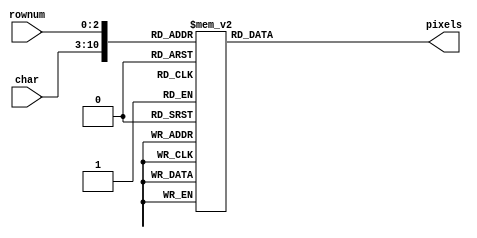
//////////////////////////////////////////////////////////////////////////////////
// Company: 
// Engineer: 
// 
// Character generator holding 8x8 character images.
// Input char is a 4-bit character number representing:
// 0, 1, 2, 3, 4, 5, 6, 7, 8, 9, B, F, i, z, <blank>
// Input rownum is the desired row of the pixel image
// Output pixels is the 8 pixel row, pixels[7] is leftmost.
// Original font from https://github.com/dhepper/font8x8/blob/master/font8x8_basic.h
module chars(
    input [7:0] char,
    input [2:0] rownum,
    output reg [7:0] pixels
    );

always @(*)
  case ({char, rownum})

    11'b00110000000: pixels = 8'b01111100; //  XXXXX  
    11'b00110000001: pixels = 8'b11000110; // XX   XX 
    11'b00110000010: pixels = 8'b11001110; // XX  XXX 
    11'b00110000011: pixels = 8'b11011110; // XX XXXX 
    11'b00110000100: pixels = 8'b11110110; // XXXX XX 
    11'b00110000101: pixels = 8'b11100110; // XXX  XX 
    11'b00110000110: pixels = 8'b01111100; //  XXXXX  
    11'b00110000111: pixels = 8'b00000000; //         

    11'b00110001000: pixels = 8'b00110000; //   XX    
    11'b00110001001: pixels = 8'b01110000; //  XXX    
    11'b00110001010: pixels = 8'b00110000; //   XX    
    11'b00110001011: pixels = 8'b00110000; //   XX    
    11'b00110001100: pixels = 8'b00110000; //   XX    
    11'b00110001101: pixels = 8'b00110000; //   XX    
    11'b00110001110: pixels = 8'b11111100; // XXXXXX  
    11'b00110001111: pixels = 8'b00000000; //         

    11'b00110010000: pixels = 8'b01111000; //  XXXX   
    11'b00110010001: pixels = 8'b11001100; // XX  XX  
    11'b00110010010: pixels = 8'b00001100; //     XX  
    11'b00110010011: pixels = 8'b00111000; //   XXX   
    11'b00110010100: pixels = 8'b01100000; //  XX     
    11'b00110010101: pixels = 8'b11001100; // XX  XX  
    11'b00110010110: pixels = 8'b11111100; // XXXXXX  
    11'b00110010111: pixels = 8'b00000000; //         

    11'b00110011000: pixels = 8'b01111000; //  XXXX   
    11'b00110011001: pixels = 8'b11001100; // XX  XX  
    11'b00110011010: pixels = 8'b00001100; //     XX  
    11'b00110011011: pixels = 8'b00111000; //   XXX   
    11'b00110011100: pixels = 8'b00001100; //     XX  
    11'b00110011101: pixels = 8'b11001100; // XX  XX  
    11'b00110011110: pixels = 8'b01111000; //  XXXX   
    11'b00110011111: pixels = 8'b00000000; //         

    11'b00110100000: pixels = 8'b00011100; //    XXX  
    11'b00110100001: pixels = 8'b00111100; //   XXXX  
    11'b00110100010: pixels = 8'b01101100; //  XX XX  
    11'b00110100011: pixels = 8'b11001100; // XX  XX  
    11'b00110100100: pixels = 8'b11111110; // XXXXXXX 
    11'b00110100101: pixels = 8'b00001100; //     XX  
    11'b00110100110: pixels = 8'b00011110; //    XXXX 
    11'b00110100111: pixels = 8'b00000000; //         

    11'b00110101000: pixels = 8'b11111100; // XXXXXX  
    11'b00110101001: pixels = 8'b11000000; // XX      
    11'b00110101010: pixels = 8'b11111000; // XXXXX   
    11'b00110101011: pixels = 8'b00001100; //     XX  
    11'b00110101100: pixels = 8'b00001100; //     XX  
    11'b00110101101: pixels = 8'b11001100; // XX  XX  
    11'b00110101110: pixels = 8'b01111000; //  XXXX   
    11'b00110101111: pixels = 8'b00000000; //         

    11'b00110110000: pixels = 8'b00111000; //   XXX   
    11'b00110110001: pixels = 8'b01100000; //  XX     
    11'b00110110010: pixels = 8'b11000000; // XX      
    11'b00110110011: pixels = 8'b11111000; // XXXXX   
    11'b00110110100: pixels = 8'b11001100; // XX  XX  
    11'b00110110101: pixels = 8'b11001100; // XX  XX  
    11'b00110110110: pixels = 8'b01111000; //  XXXX   
    11'b00110110111: pixels = 8'b00000000; //         

    11'b00110111000: pixels = 8'b11111100; // XXXXXX  
    11'b00110111001: pixels = 8'b11001100; // XX  XX  
    11'b00110111010: pixels = 8'b00001100; //     XX  
    11'b00110111011: pixels = 8'b00011000; //    XX   
    11'b00110111100: pixels = 8'b00110000; //   XX    
    11'b00110111101: pixels = 8'b00110000; //   XX    
    11'b00110111110: pixels = 8'b00110000; //   XX    
    11'b00110111111: pixels = 8'b00000000; //         

    11'b00111000000: pixels = 8'b01111000; //  XXXX   
    11'b00111000001: pixels = 8'b11001100; // XX  XX  
    11'b00111000010: pixels = 8'b11001100; // XX  XX  
    11'b00111000011: pixels = 8'b01111000; //  XXXX   
    11'b00111000100: pixels = 8'b11001100; // XX  XX  
    11'b00111000101: pixels = 8'b11001100; // XX  XX  
    11'b00111000110: pixels = 8'b01111000; //  XXXX   
    11'b00111000111: pixels = 8'b00000000; //         

    11'b00111001000: pixels = 8'b01111000; //  XXXX   
    11'b00111001001: pixels = 8'b11001100; // XX  XX  
    11'b00111001010: pixels = 8'b11001100; // XX  XX  
    11'b00111001011: pixels = 8'b01111100; //  XXXXX  
    11'b00111001100: pixels = 8'b00001100; //     XX  
    11'b00111001101: pixels = 8'b00011000; //    XX   
    11'b00111001110: pixels = 8'b01110000; //  XXX    
    11'b00111001111: pixels = 8'b00000000; //         

    11'b01000001000: pixels = 8'b00110000; //   XX    
    11'b01000001001: pixels = 8'b01111000; //  XXXX   
    11'b01000001010: pixels = 8'b11001100; // XX  XX  
    11'b01000001011: pixels = 8'b11001100; // XX  XX  
    11'b01000001100: pixels = 8'b11111100; // XXXXXX  
    11'b01000001101: pixels = 8'b11001100; // XX  XX  
    11'b01000001110: pixels = 8'b11001100; // XX  XX  
    11'b01000001111: pixels = 8'b00000000; //         

    11'b01010011000: pixels = 8'b01111000; //  XXXX   
    11'b01010011001: pixels = 8'b11001100; // XX  XX  
    11'b01010011010: pixels = 8'b11100000; // XXX     
    11'b01010011011: pixels = 8'b01110000; //  XXX    
    11'b01010011100: pixels = 8'b00011100; //    XXX  
    11'b01010011101: pixels = 8'b11001100; // XX  XX  
    11'b01010011110: pixels = 8'b01111000; //  XXXX   
    11'b01010011111: pixels = 8'b00000000; //         

    11'b01000100000: pixels = 8'b11111000; // XXXXX   
    11'b01000100001: pixels = 8'b01101100; //  XX XX  
    11'b01000100010: pixels = 8'b01100110; //  XX  XX 
    11'b01000100011: pixels = 8'b01100110; //  XX  XX 
    11'b01000100100: pixels = 8'b01100110; //  XX  XX 
    11'b01000100101: pixels = 8'b01101100; //  XX XX  
    11'b01000100110: pixels = 8'b11111000; // XXXXX   
    11'b01000100111: pixels = 8'b00000000; //         

    11'b01000110000: pixels = 8'b11111110; // XXXXXXX 
    11'b01000110001: pixels = 8'b01100010; //  XX   X 
    11'b01000110010: pixels = 8'b01101000; //  XX X   
    11'b01000110011: pixels = 8'b01111000; //  XXXX   
    11'b01000110100: pixels = 8'b01101000; //  XX X   
    11'b01000110101: pixels = 8'b01100000; //  XX     
    11'b01000110110: pixels = 8'b11110000; // XXXX    
    11'b01000110111: pixels = 8'b00000000; //         

    11'b01000111000: pixels = 8'b00111100; //   XXXX  
    11'b01000111001: pixels = 8'b01100110; //  XX  XX 
    11'b01000111010: pixels = 8'b11000000; // XX      
    11'b01000111011: pixels = 8'b11000000; // XX      
    11'b01000111100: pixels = 8'b11001110; // XX  XXX 
    11'b01000111101: pixels = 8'b01100110; //  XX  XX 
    11'b01000111110: pixels = 8'b00111110; //   XXXXX 
    11'b01000111111: pixels = 8'b00000000; //         

    11'b01001000000: pixels = 8'b11001100; // XX  XX  
    11'b01001000001: pixels = 8'b11001100; // XX  XX  
    11'b01001000010: pixels = 8'b11001100; // XX  XX  
    11'b01001000011: pixels = 8'b11111100; // XXXXXX  
    11'b01001000100: pixels = 8'b11001100; // XX  XX  
    11'b01001000101: pixels = 8'b11001100; // XX  XX  
    11'b01001000110: pixels = 8'b11001100; // XX  XX  
    11'b01001000111: pixels = 8'b00000000; //         

    11'b01001010000: pixels = 8'b00011110; //    XXXX 
    11'b01001010001: pixels = 8'b00001100; //     XX  
    11'b01001010010: pixels = 8'b00001100; //     XX  
    11'b01001010011: pixels = 8'b00001100; //     XX  
    11'b01001010100: pixels = 8'b11001100; // XX  XX  
    11'b01001010101: pixels = 8'b11001100; // XX  XX  
    11'b01001010110: pixels = 8'b01111000; //  XXXX   
    11'b01001010111: pixels = 8'b00000000; //         

    11'b01001011000: pixels = 8'b11100110; // XXX  XX 
    11'b01001011001: pixels = 8'b01100110; //  XX  XX 
    11'b01001011010: pixels = 8'b01101100; //  XX XX  
    11'b01001011011: pixels = 8'b01111000; //  XXXX   
    11'b01001011100: pixels = 8'b01101100; //  XX XX  
    11'b01001011101: pixels = 8'b01100110; //  XX  XX 
    11'b01001011110: pixels = 8'b11100110; // XXX  XX 
    11'b01001011111: pixels = 8'b00000000; //         

    11'b01001100000: pixels = 8'b11110000; // XXXX    
    11'b01001100001: pixels = 8'b01100000; //  XX     
    11'b01001100010: pixels = 8'b01100000; //  XX     
    11'b01001100011: pixels = 8'b01100000; //  XX     
    11'b01001100100: pixels = 8'b01100010; //  XX   X 
    11'b01001100101: pixels = 8'b01100110; //  XX  XX 
    11'b01001100110: pixels = 8'b11111110; // XXXXXXX 
    11'b01001100111: pixels = 8'b00000000; //         

    11'b01010001000: pixels = 8'b01111000; //  XXXX   
    11'b01010001001: pixels = 8'b11001100; // XX  XX  
    11'b01010001010: pixels = 8'b11001100; // XX  XX  
    11'b01010001011: pixels = 8'b11001100; // XX  XX  
    11'b01010001100: pixels = 8'b11011100; // XX XXX  
    11'b01010001101: pixels = 8'b01111000; //  XXXX   
    11'b01010001110: pixels = 8'b00011100; //    XXX  
    11'b01010001111: pixels = 8'b00000000; //         

    11'b01010111000: pixels = 8'b11000110; // XX   XX 
    11'b01010111001: pixels = 8'b11000110; // XX   XX 
    11'b01010111010: pixels = 8'b11000110; // XX   XX 
    11'b01010111011: pixels = 8'b11010110; // XX X XX 
    11'b01010111100: pixels = 8'b11111110; // XXXXXXX 
    11'b01010111101: pixels = 8'b11101110; // XXX XXX 
    11'b01010111110: pixels = 8'b11000110; // XX   XX 
    11'b01010111111: pixels = 8'b00000000; //         

    11'b01000101000: pixels = 8'b11111110; // XXXXXXX 
    11'b01000101001: pixels = 8'b01100010; //  XX   X 
    11'b01000101010: pixels = 8'b01101000; //  XX X   
    11'b01000101011: pixels = 8'b01111000; //  XXXX   
    11'b01000101100: pixels = 8'b01101000; //  XX X   
    11'b01000101101: pixels = 8'b01100010; //  XX   X 
    11'b01000101110: pixels = 8'b11111110; // XXXXXXX 
    11'b01000101111: pixels = 8'b00000000; //         

    11'b01010010000: pixels = 8'b11111100; // XXXXXX  
    11'b01010010001: pixels = 8'b01100110; //  XX  XX 
    11'b01010010010: pixels = 8'b01100110; //  XX  XX 
    11'b01010010011: pixels = 8'b01111100; //  XXXXX  
    11'b01010010100: pixels = 8'b01101100; //  XX XX  
    11'b01010010101: pixels = 8'b01100110; //  XX  XX 
    11'b01010010110: pixels = 8'b11100110; // XXX  XX 
    11'b01010010111: pixels = 8'b00000000; //         

    11'b01010100000: pixels = 8'b11111100; // XXXXXX  
    11'b01010100001: pixels = 8'b10110100; // X XX X  
    11'b01010100010: pixels = 8'b00110000; //   XX    
    11'b01010100011: pixels = 8'b00110000; //   XX    
    11'b01010100100: pixels = 8'b00110000; //   XX    
    11'b01010100101: pixels = 8'b00110000; //   XX    
    11'b01010100110: pixels = 8'b01111000; //  XXXX   
    11'b01010100111: pixels = 8'b00000000; //         

    11'b01011010000: pixels = 8'b11111110; // XXXXXXX 
    11'b01011010001: pixels = 8'b11000110; // XX   XX 
    11'b01011010010: pixels = 8'b10001100; // X   XX  
    11'b01011010011: pixels = 8'b00011000; //    XX   
    11'b01011010100: pixels = 8'b00110010; //   XX  X 
    11'b01011010101: pixels = 8'b01100110; //  XX  XX 
    11'b01011010110: pixels = 8'b11111110; // XXXXXXX 
    11'b01011010111: pixels = 8'b00000000; //         

    11'b01010101000: pixels = 8'b11001100; // XX  XX  
    11'b01010101001: pixels = 8'b11001100; // XX  XX  
    11'b01010101010: pixels = 8'b11001100; // XX  XX  
    11'b01010101011: pixels = 8'b11001100; // XX  XX  
    11'b01010101100: pixels = 8'b11001100; // XX  XX  
    11'b01010101101: pixels = 8'b11001100; // XX  XX  
    11'b01010101110: pixels = 8'b11111100; // XXXXXX  
    11'b01010101111: pixels = 8'b00000000; //         

    11'b01001001000: pixels = 8'b01111000; //  XXXX   
    11'b01001001001: pixels = 8'b00110000; //   XX    
    11'b01001001010: pixels = 8'b00110000; //   XX    
    11'b01001001011: pixels = 8'b00110000; //   XX    
    11'b01001001100: pixels = 8'b00110000; //   XX    
    11'b01001001101: pixels = 8'b00110000; //   XX    
    11'b01001001110: pixels = 8'b01111000; //  XXXX   
    11'b01001001111: pixels = 8'b00000000; //         

    11'b01001111000: pixels = 8'b00111000; //   XXX   
    11'b01001111001: pixels = 8'b01101100; //  XX XX  
    11'b01001111010: pixels = 8'b11000110; // XX   XX 
    11'b01001111011: pixels = 8'b11000110; // XX   XX 
    11'b01001111100: pixels = 8'b11000110; // XX   XX 
    11'b01001111101: pixels = 8'b01101100; //  XX XX  
    11'b01001111110: pixels = 8'b00111000; //   XXX   
    11'b01001111111: pixels = 8'b00000000; //         

    11'b01010000000: pixels = 8'b11111100; // XXXXXX  
    11'b01010000001: pixels = 8'b01100110; //  XX  XX 
    11'b01010000010: pixels = 8'b01100110; //  XX  XX 
    11'b01010000011: pixels = 8'b01111100; //  XXXXX  
    11'b01010000100: pixels = 8'b01100000; //  XX     
    11'b01010000101: pixels = 8'b01100000; //  XX     
    11'b01010000110: pixels = 8'b11110000; // XXXX    
    11'b01010000111: pixels = 8'b00000000; //         

    11'b01011001000: pixels = 8'b11001100; // XX  XX  
    11'b01011001001: pixels = 8'b11001100; // XX  XX  
    11'b01011001010: pixels = 8'b11001100; // XX  XX  
    11'b01011001011: pixels = 8'b01111000; //  XXXX   
    11'b01011001100: pixels = 8'b00110000; //   XX    
    11'b01011001101: pixels = 8'b00110000; //   XX    
    11'b01011001110: pixels = 8'b01111000; //  XXXX   
    11'b01011001111: pixels = 8'b00000000; //         

    11'b01011000000: pixels = 8'b11000110; // XX   XX 
    11'b01011000001: pixels = 8'b11000110; // XX   XX 
    11'b01011000010: pixels = 8'b01101100; //  XX XX  
    11'b01011000011: pixels = 8'b00111000; //   XXX   
    11'b01011000100: pixels = 8'b00111000; //   XXX   
    11'b01011000101: pixels = 8'b01101100; //  XX XX  
    11'b01011000110: pixels = 8'b11000110; // XX   XX 
    11'b01011000111: pixels = 8'b00000000; //         

    11'b01000011000: pixels = 8'b00111100; //   XXXX  
    11'b01000011001: pixels = 8'b01100110; //  XX  XX 
    11'b01000011010: pixels = 8'b11000000; // XX      
    11'b01000011011: pixels = 8'b11000000; // XX      
    11'b01000011100: pixels = 8'b11000000; // XX      
    11'b01000011101: pixels = 8'b01100110; //  XX  XX 
    11'b01000011110: pixels = 8'b00111100; //   XXXX  
    11'b01000011111: pixels = 8'b00000000; //         

    11'b01010110000: pixels = 8'b11001100; // XX  XX  
    11'b01010110001: pixels = 8'b11001100; // XX  XX  
    11'b01010110010: pixels = 8'b11001100; // XX  XX  
    11'b01010110011: pixels = 8'b11001100; // XX  XX  
    11'b01010110100: pixels = 8'b11001100; // XX  XX  
    11'b01010110101: pixels = 8'b01111000; //  XXXX   
    11'b01010110110: pixels = 8'b00110000; //   XX    
    11'b01010110111: pixels = 8'b00000000; //         

    11'b01000010000: pixels = 8'b11111100; // XXXXXX  
    11'b01000010001: pixels = 8'b01100110; //  XX  XX 
    11'b01000010010: pixels = 8'b01100110; //  XX  XX 
    11'b01000010011: pixels = 8'b01111100; //  XXXXX  
    11'b01000010100: pixels = 8'b01100110; //  XX  XX 
    11'b01000010101: pixels = 8'b01100110; //  XX  XX 
    11'b01000010110: pixels = 8'b11111100; // XXXXXX  
    11'b01000010111: pixels = 8'b00000000; //         

    11'b01001110000: pixels = 8'b11000110; // XX   XX 
    11'b01001110001: pixels = 8'b11100110; // XXX  XX 
    11'b01001110010: pixels = 8'b11110110; // XXXX XX 
    11'b01001110011: pixels = 8'b11011110; // XX XXXX 
    11'b01001110100: pixels = 8'b11001110; // XX  XXX 
    11'b01001110101: pixels = 8'b11000110; // XX   XX 
    11'b01001110110: pixels = 8'b11000110; // XX   XX 
    11'b01001110111: pixels = 8'b00000000; //         

    11'b01001101000: pixels = 8'b11000110; // XX   XX 
    11'b01001101001: pixels = 8'b11101110; // XXX XXX 
    11'b01001101010: pixels = 8'b11111110; // XXXXXXX 
    11'b01001101011: pixels = 8'b11111110; // XXXXXXX 
    11'b01001101100: pixels = 8'b11010110; // XX X XX 
    11'b01001101101: pixels = 8'b11000110; // XX   XX 
    11'b01001101110: pixels = 8'b11000110; // XX   XX 
    11'b01001101111: pixels = 8'b00000000; //         

    11'b00101100000: pixels = 8'b00000000; //         
    11'b00101100001: pixels = 8'b00000000; //         
    11'b00101100010: pixels = 8'b00000000; //         
    11'b00101100011: pixels = 8'b00000000; //         
    11'b00101100100: pixels = 8'b00000000; //         
    11'b00101100101: pixels = 8'b00110000; //   XX    
    11'b00101100110: pixels = 8'b00110000; //   XX    
    11'b00101100111: pixels = 8'b01100000; //  XX     

    11'b00101110000: pixels = 8'b00000000; //         
    11'b00101110001: pixels = 8'b00000000; //         
    11'b00101110010: pixels = 8'b00000000; //         
    11'b00101110011: pixels = 8'b00000000; //         
    11'b00101110100: pixels = 8'b00000000; //         
    11'b00101110101: pixels = 8'b00110000; //   XX    
    11'b00101110110: pixels = 8'b00110000; //   XX    
    11'b00101110111: pixels = 8'b00000000; //         

    11'b00101101000: pixels = 8'b00000000; //         
    11'b00101101001: pixels = 8'b00000000; //         
    11'b00101101010: pixels = 8'b00000000; //         
    11'b00101101011: pixels = 8'b11111100; // XXXXXX  
    11'b00101101100: pixels = 8'b00000000; //         
    11'b00101101101: pixels = 8'b00000000; //         
    11'b00101101110: pixels = 8'b00000000; //         
    11'b00101101111: pixels = 8'b00000000; //         

    11'b00100111000: pixels = 8'b01100000; //  XX     
    11'b00100111001: pixels = 8'b01100000; //  XX     
    11'b00100111010: pixels = 8'b11000000; // XX      
    11'b00100111011: pixels = 8'b00000000; //         
    11'b00100111100: pixels = 8'b00000000; //         
    11'b00100111101: pixels = 8'b00000000; //         
    11'b00100111110: pixels = 8'b00000000; //         
    11'b00100111111: pixels = 8'b00000000; //         

    11'b00101011000: pixels = 8'b00000000; //         
    11'b00101011001: pixels = 8'b00110000; //   XX    
    11'b00101011010: pixels = 8'b00110000; //   XX    
    11'b00101011011: pixels = 8'b11111100; // XXXXXX  
    11'b00101011100: pixels = 8'b00110000; //   XX    
    11'b00101011101: pixels = 8'b00110000; //   XX    
    11'b00101011110: pixels = 8'b00000000; //         
    11'b00101011111: pixels = 8'b00000000; //         

    11'b00100000000: pixels = 8'b00000000; //         
    11'b00100000001: pixels = 8'b00000000; //         
    11'b00100000010: pixels = 8'b00000000; //         
    11'b00100000011: pixels = 8'b00000000; //         
    11'b00100000100: pixels = 8'b00000000; //         
    11'b00100000101: pixels = 8'b00000000; //         
    11'b00100000110: pixels = 8'b00000000; //         
    11'b00100000111: pixels = 8'b00000000; //         

    11'b00111100000: pixels = 8'b00011000; //    XX   
    11'b00111100001: pixels = 8'b00110000; //   XX    
    11'b00111100010: pixels = 8'b01100000; //  XX     
    11'b00111100011: pixels = 8'b11000000; // XX      
    11'b00111100100: pixels = 8'b01100000; //  XX     
    11'b00111100101: pixels = 8'b00110000; //   XX    
    11'b00111100110: pixels = 8'b00011000; //    XX   
    11'b00111100111: pixels = 8'b00000000; //         

    11'b00111110000: pixels = 8'b01100000; //  XX     
    11'b00111110001: pixels = 8'b00110000; //   XX    
    11'b00111110010: pixels = 8'b00011000; //    XX   
    11'b00111110011: pixels = 8'b00001100; //     XX  
    11'b00111110100: pixels = 8'b00011000; //    XX   
    11'b00111110101: pixels = 8'b00110000; //   XX    
    11'b00111110110: pixels = 8'b01100000; //  XX     
    11'b00111110111: pixels = 8'b00000000; //         

    11'b00111011000: pixels = 8'b00000000; //         
    11'b00111011001: pixels = 8'b00110000; //   XX    
    11'b00111011010: pixels = 8'b00110000; //   XX    
    11'b00111011011: pixels = 8'b00000000; //         
    11'b00111011100: pixels = 8'b00000000; //         
    11'b00111011101: pixels = 8'b00110000; //   XX    
    11'b00111011110: pixels = 8'b00110000; //   XX    
    11'b00111011111: pixels = 8'b01100000; //  XX     

    11'b00111010000: pixels = 8'b00000000; //         
    11'b00111010001: pixels = 8'b00110000; //   XX    
    11'b00111010010: pixels = 8'b00110000; //   XX    
    11'b00111010011: pixels = 8'b00000000; //         
    11'b00111010100: pixels = 8'b00000000; //         
    11'b00111010101: pixels = 8'b00110000; //   XX    
    11'b00111010110: pixels = 8'b00110000; //   XX    
    11'b00111010111: pixels = 8'b00000000; //         

    11'b01011111000: pixels = 8'b00000000; //         
    11'b01011111001: pixels = 8'b00000000; //         
    11'b01011111010: pixels = 8'b00000000; //         
    11'b01011111011: pixels = 8'b00000000; //         
    11'b01011111100: pixels = 8'b00000000; //         
    11'b01011111101: pixels = 8'b00000000; //         
    11'b01011111110: pixels = 8'b00000000; //         
    11'b01011111111: pixels = 8'b11111111; // XXXXXXXX

    11'b01111110000: pixels = 8'b01110110; //  XXX XX 
    11'b01111110001: pixels = 8'b11011100; // XX XXX  
    11'b01111110010: pixels = 8'b00000000; //         
    11'b01111110011: pixels = 8'b00000000; //         
    11'b01111110100: pixels = 8'b00000000; //         
    11'b01111110101: pixels = 8'b00000000; //         
    11'b01111110110: pixels = 8'b00000000; //         
    11'b01111110111: pixels = 8'b00000000; //         

    11'b00100001000: pixels = 8'b00011000; //    XX   
    11'b00100001001: pixels = 8'b00111100; //   XXXX  
    11'b00100001010: pixels = 8'b00111100; //   XXXX  
    11'b00100001011: pixels = 8'b00011000; //    XX   
    11'b00100001100: pixels = 8'b00011000; //    XX   
    11'b00100001101: pixels = 8'b00000000; //         
    11'b00100001110: pixels = 8'b00011000; //    XX   
    11'b00100001111: pixels = 8'b00000000; //         

    11'b00100010000: pixels = 8'b01101100; //  XX XX  
    11'b00100010001: pixels = 8'b01101100; //  XX XX  
    11'b00100010010: pixels = 8'b00000000; //         
    11'b00100010011: pixels = 8'b00000000; //         
    11'b00100010100: pixels = 8'b00000000; //         
    11'b00100010101: pixels = 8'b00000000; //         
    11'b00100010110: pixels = 8'b00000000; //         
    11'b00100010111: pixels = 8'b00000000; //         

    11'b00100011000: pixels = 8'b01101100; //  XX XX  
    11'b00100011001: pixels = 8'b01101100; //  XX XX  
    11'b00100011010: pixels = 8'b11111110; // XXXXXXX 
    11'b00100011011: pixels = 8'b01101100; //  XX XX  
    11'b00100011100: pixels = 8'b11111110; // XXXXXXX 
    11'b00100011101: pixels = 8'b01101100; //  XX XX  
    11'b00100011110: pixels = 8'b01101100; //  XX XX  
    11'b00100011111: pixels = 8'b00000000; //         

    11'b00100100000: pixels = 8'b00110000; //   XX    
    11'b00100100001: pixels = 8'b01111100; //  XXXXX  
    11'b00100100010: pixels = 8'b11000000; // XX      
    11'b00100100011: pixels = 8'b01111000; //  XXXX   
    11'b00100100100: pixels = 8'b00001100; //     XX  
    11'b00100100101: pixels = 8'b11111000; // XXXXX   
    11'b00100100110: pixels = 8'b00110000; //   XX    
    11'b00100100111: pixels = 8'b00000000; //         

    11'b00100101000: pixels = 8'b00000000; //         
    11'b00100101001: pixels = 8'b11000110; // XX   XX 
    11'b00100101010: pixels = 8'b11001100; // XX  XX  
    11'b00100101011: pixels = 8'b00011000; //    XX   
    11'b00100101100: pixels = 8'b00110000; //   XX    
    11'b00100101101: pixels = 8'b01100110; //  XX  XX 
    11'b00100101110: pixels = 8'b11000110; // XX   XX 
    11'b00100101111: pixels = 8'b00000000; //         

    11'b00100110000: pixels = 8'b00111000; //   XXX   
    11'b00100110001: pixels = 8'b01101100; //  XX XX  
    11'b00100110010: pixels = 8'b00111000; //   XXX   
    11'b00100110011: pixels = 8'b01110110; //  XXX XX 
    11'b00100110100: pixels = 8'b11011100; // XX XXX  
    11'b00100110101: pixels = 8'b11001100; // XX  XX  
    11'b00100110110: pixels = 8'b01110110; //  XXX XX 
    11'b00100110111: pixels = 8'b00000000; //         

    11'b00101111000: pixels = 8'b00000110; //      XX 
    11'b00101111001: pixels = 8'b00001100; //     XX  
    11'b00101111010: pixels = 8'b00011000; //    XX   
    11'b00101111011: pixels = 8'b00110000; //   XX    
    11'b00101111100: pixels = 8'b01100000; //  XX     
    11'b00101111101: pixels = 8'b11000000; // XX      
    11'b00101111110: pixels = 8'b10000000; // X       
    11'b00101111111: pixels = 8'b00000000; //         

    11'b00101000000: pixels = 8'b00011000; //    XX   
    11'b00101000001: pixels = 8'b00110000; //   XX    
    11'b00101000010: pixels = 8'b01100000; //  XX     
    11'b00101000011: pixels = 8'b01100000; //  XX     
    11'b00101000100: pixels = 8'b01100000; //  XX     
    11'b00101000101: pixels = 8'b00110000; //   XX    
    11'b00101000110: pixels = 8'b00011000; //    XX   
    11'b00101000111: pixels = 8'b00000000; //         

    11'b00101001000: pixels = 8'b01100000; //  XX     
    11'b00101001001: pixels = 8'b00110000; //   XX    
    11'b00101001010: pixels = 8'b00011000; //    XX   
    11'b00101001011: pixels = 8'b00011000; //    XX   
    11'b00101001100: pixels = 8'b00011000; //    XX   
    11'b00101001101: pixels = 8'b00110000; //   XX    
    11'b00101001110: pixels = 8'b01100000; //  XX     
    11'b00101001111: pixels = 8'b00000000; //         

    11'b00111101000: pixels = 8'b00000000; //         
    11'b00111101001: pixels = 8'b00000000; //         
    11'b00111101010: pixels = 8'b11111100; // XXXXXX  
    11'b00111101011: pixels = 8'b00000000; //         
    11'b00111101100: pixels = 8'b00000000; //         
    11'b00111101101: pixels = 8'b11111100; // XXXXXX  
    11'b00111101110: pixels = 8'b00000000; //         
    11'b00111101111: pixels = 8'b00000000; //         

    11'b00111111000: pixels = 8'b01111000; //  XXXX   
    11'b00111111001: pixels = 8'b11001100; // XX  XX  
    11'b00111111010: pixels = 8'b00001100; //     XX  
    11'b00111111011: pixels = 8'b00011000; //    XX   
    11'b00111111100: pixels = 8'b00110000; //   XX    
    11'b00111111101: pixels = 8'b00000000; //         
    11'b00111111110: pixels = 8'b00110000; //   XX    
    11'b00111111111: pixels = 8'b00000000; //         

    11'b00101010000: pixels = 8'b00000000; //         
    11'b00101010001: pixels = 8'b01100110; //  XX  XX 
    11'b00101010010: pixels = 8'b00111100; //   XXXX  
    11'b00101010011: pixels = 8'b11111111; // XXXXXXXX
    11'b00101010100: pixels = 8'b00111100; //   XXXX  
    11'b00101010101: pixels = 8'b01100110; //  XX  XX 
    11'b00101010110: pixels = 8'b00000000; //         
    11'b00101010111: pixels = 8'b00000000; //         

    11'b01110001000: pixels = 8'b00000000; //         
    11'b01110001001: pixels = 8'b00000000; //         
    11'b01110001010: pixels = 8'b01110110; //  XXX XX 
    11'b01110001011: pixels = 8'b11001100; // XX  XX  
    11'b01110001100: pixels = 8'b11001100; // XX  XX  
    11'b01110001101: pixels = 8'b01111100; //  XXXXX  
    11'b01110001110: pixels = 8'b00001100; //     XX  
    11'b01110001111: pixels = 8'b00011110; //    XXXX 

    11'b01110111000: pixels = 8'b00000000; //         
    11'b01110111001: pixels = 8'b00000000; //         
    11'b01110111010: pixels = 8'b11000110; // XX   XX 
    11'b01110111011: pixels = 8'b11010110; // XX X XX 
    11'b01110111100: pixels = 8'b11111110; // XXXXXXX 
    11'b01110111101: pixels = 8'b11111110; // XXXXXXX 
    11'b01110111110: pixels = 8'b01101100; //  XX XX  
    11'b01110111111: pixels = 8'b00000000; //         

    11'b01100101000: pixels = 8'b00000000; //         
    11'b01100101001: pixels = 8'b00000000; //         
    11'b01100101010: pixels = 8'b01111000; //  XXXX   
    11'b01100101011: pixels = 8'b11001100; // XX  XX  
    11'b01100101100: pixels = 8'b11111100; // XXXXXX  
    11'b01100101101: pixels = 8'b11000000; // XX      
    11'b01100101110: pixels = 8'b01111000; //  XXXX   
    11'b01100101111: pixels = 8'b00000000; //         

    11'b01110010000: pixels = 8'b00000000; //         
    11'b01110010001: pixels = 8'b00000000; //         
    11'b01110010010: pixels = 8'b11011100; // XX XXX  
    11'b01110010011: pixels = 8'b01110110; //  XXX XX 
    11'b01110010100: pixels = 8'b01100110; //  XX  XX 
    11'b01110010101: pixels = 8'b01100000; //  XX     
    11'b01110010110: pixels = 8'b11110000; // XXXX    
    11'b01110010111: pixels = 8'b00000000; //         

    11'b01110100000: pixels = 8'b00010000; //    X    
    11'b01110100001: pixels = 8'b00110000; //   XX    
    11'b01110100010: pixels = 8'b01111100; //  XXXXX  
    11'b01110100011: pixels = 8'b00110000; //   XX    
    11'b01110100100: pixels = 8'b00110000; //   XX    
    11'b01110100101: pixels = 8'b00110100; //   XX X  
    11'b01110100110: pixels = 8'b00011000; //    XX   
    11'b01110100111: pixels = 8'b00000000; //         

    11'b01111010000: pixels = 8'b00000000; //         
    11'b01111010001: pixels = 8'b00000000; //         
    11'b01111010010: pixels = 8'b11111100; // XXXXXX  
    11'b01111010011: pixels = 8'b10011000; // X  XX   
    11'b01111010100: pixels = 8'b00110000; //   XX    
    11'b01111010101: pixels = 8'b01100100; //  XX  X  
    11'b01111010110: pixels = 8'b11111100; // XXXXXX  
    11'b01111010111: pixels = 8'b00000000; //         

    11'b01110101000: pixels = 8'b00000000; //         
    11'b01110101001: pixels = 8'b00000000; //         
    11'b01110101010: pixels = 8'b11001100; // XX  XX  
    11'b01110101011: pixels = 8'b11001100; // XX  XX  
    11'b01110101100: pixels = 8'b11001100; // XX  XX  
    11'b01110101101: pixels = 8'b11001100; // XX  XX  
    11'b01110101110: pixels = 8'b01110110; //  XXX XX 
    11'b01110101111: pixels = 8'b00000000; //         

    11'b01101001000: pixels = 8'b00110000; //   XX    
    11'b01101001001: pixels = 8'b00000000; //         
    11'b01101001010: pixels = 8'b01110000; //  XXX    
    11'b01101001011: pixels = 8'b00110000; //   XX    
    11'b01101001100: pixels = 8'b00110000; //   XX    
    11'b01101001101: pixels = 8'b00110000; //   XX    
    11'b01101001110: pixels = 8'b01111000; //  XXXX   
    11'b01101001111: pixels = 8'b00000000; //         

    11'b01101111000: pixels = 8'b00000000; //         
    11'b01101111001: pixels = 8'b00000000; //         
    11'b01101111010: pixels = 8'b01111000; //  XXXX   
    11'b01101111011: pixels = 8'b11001100; // XX  XX  
    11'b01101111100: pixels = 8'b11001100; // XX  XX  
    11'b01101111101: pixels = 8'b11001100; // XX  XX  
    11'b01101111110: pixels = 8'b01111000; //  XXXX   
    11'b01101111111: pixels = 8'b00000000; //         

    11'b01110000000: pixels = 8'b00000000; //         
    11'b01110000001: pixels = 8'b00000000; //         
    11'b01110000010: pixels = 8'b11011100; // XX XXX  
    11'b01110000011: pixels = 8'b01100110; //  XX  XX 
    11'b01110000100: pixels = 8'b01100110; //  XX  XX 
    11'b01110000101: pixels = 8'b01111100; //  XXXXX  
    11'b01110000110: pixels = 8'b01100000; //  XX     
    11'b01110000111: pixels = 8'b11110000; // XXXX    

    11'b01100001000: pixels = 8'b00000000; //         
    11'b01100001001: pixels = 8'b00000000; //         
    11'b01100001010: pixels = 8'b01111000; //  XXXX   
    11'b01100001011: pixels = 8'b00001100; //     XX  
    11'b01100001100: pixels = 8'b01111100; //  XXXXX  
    11'b01100001101: pixels = 8'b11001100; // XX  XX  
    11'b01100001110: pixels = 8'b01110110; //  XXX XX 
    11'b01100001111: pixels = 8'b00000000; //         

    11'b01110011000: pixels = 8'b00000000; //         
    11'b01110011001: pixels = 8'b00000000; //         
    11'b01110011010: pixels = 8'b01111100; //  XXXXX  
    11'b01110011011: pixels = 8'b11000000; // XX      
    11'b01110011100: pixels = 8'b01111000; //  XXXX   
    11'b01110011101: pixels = 8'b00001100; //     XX  
    11'b01110011110: pixels = 8'b11111000; // XXXXX   
    11'b01110011111: pixels = 8'b00000000; //         

    11'b01100100000: pixels = 8'b00011100; //    XXX  
    11'b01100100001: pixels = 8'b00001100; //     XX  
    11'b01100100010: pixels = 8'b00001100; //     XX  
    11'b01100100011: pixels = 8'b01111100; //  XXXXX  
    11'b01100100100: pixels = 8'b11001100; // XX  XX  
    11'b01100100101: pixels = 8'b11001100; // XX  XX  
    11'b01100100110: pixels = 8'b01110110; //  XXX XX 
    11'b01100100111: pixels = 8'b00000000; //         

    11'b01100110000: pixels = 8'b00111000; //   XXX   
    11'b01100110001: pixels = 8'b01101100; //  XX XX  
    11'b01100110010: pixels = 8'b01100000; //  XX     
    11'b01100110011: pixels = 8'b11110000; // XXXX    
    11'b01100110100: pixels = 8'b01100000; //  XX     
    11'b01100110101: pixels = 8'b01100000; //  XX     
    11'b01100110110: pixels = 8'b11110000; // XXXX    
    11'b01100110111: pixels = 8'b00000000; //         

    11'b01100111000: pixels = 8'b00000000; //         
    11'b01100111001: pixels = 8'b00000000; //         
    11'b01100111010: pixels = 8'b01110110; //  XXX XX 
    11'b01100111011: pixels = 8'b11001100; // XX  XX  
    11'b01100111100: pixels = 8'b11001100; // XX  XX  
    11'b01100111101: pixels = 8'b01111100; //  XXXXX  
    11'b01100111110: pixels = 8'b00001100; //     XX  
    11'b01100111111: pixels = 8'b11111000; // XXXXX   

    11'b01101000000: pixels = 8'b11100000; // XXX     
    11'b01101000001: pixels = 8'b01100000; //  XX     
    11'b01101000010: pixels = 8'b01101100; //  XX XX  
    11'b01101000011: pixels = 8'b01110110; //  XXX XX 
    11'b01101000100: pixels = 8'b01100110; //  XX  XX 
    11'b01101000101: pixels = 8'b01100110; //  XX  XX 
    11'b01101000110: pixels = 8'b11100110; // XXX  XX 
    11'b01101000111: pixels = 8'b00000000; //         

    11'b01101010000: pixels = 8'b00001100; //     XX  
    11'b01101010001: pixels = 8'b00000000; //         
    11'b01101010010: pixels = 8'b00001100; //     XX  
    11'b01101010011: pixels = 8'b00001100; //     XX  
    11'b01101010100: pixels = 8'b00001100; //     XX  
    11'b01101010101: pixels = 8'b11001100; // XX  XX  
    11'b01101010110: pixels = 8'b11001100; // XX  XX  
    11'b01101010111: pixels = 8'b01111000; //  XXXX   

    11'b01101011000: pixels = 8'b11100000; // XXX     
    11'b01101011001: pixels = 8'b01100000; //  XX     
    11'b01101011010: pixels = 8'b01100110; //  XX  XX 
    11'b01101011011: pixels = 8'b01101100; //  XX XX  
    11'b01101011100: pixels = 8'b01111000; //  XXXX   
    11'b01101011101: pixels = 8'b01101100; //  XX XX  
    11'b01101011110: pixels = 8'b11100110; // XXX  XX 
    11'b01101011111: pixels = 8'b00000000; //         

    11'b01101100000: pixels = 8'b01110000; //  XXX    
    11'b01101100001: pixels = 8'b00110000; //   XX    
    11'b01101100010: pixels = 8'b00110000; //   XX    
    11'b01101100011: pixels = 8'b00110000; //   XX    
    11'b01101100100: pixels = 8'b00110000; //   XX    
    11'b01101100101: pixels = 8'b00110000; //   XX    
    11'b01101100110: pixels = 8'b01111000; //  XXXX   
    11'b01101100111: pixels = 8'b00000000; //         

    11'b01111001000: pixels = 8'b00000000; //         
    11'b01111001001: pixels = 8'b00000000; //         
    11'b01111001010: pixels = 8'b11001100; // XX  XX  
    11'b01111001011: pixels = 8'b11001100; // XX  XX  
    11'b01111001100: pixels = 8'b11001100; // XX  XX  
    11'b01111001101: pixels = 8'b01111100; //  XXXXX  
    11'b01111001110: pixels = 8'b00001100; //     XX  
    11'b01111001111: pixels = 8'b11111000; // XXXXX   

    11'b01111000000: pixels = 8'b00000000; //         
    11'b01111000001: pixels = 8'b00000000; //         
    11'b01111000010: pixels = 8'b11000110; // XX   XX 
    11'b01111000011: pixels = 8'b01101100; //  XX XX  
    11'b01111000100: pixels = 8'b00111000; //   XXX   
    11'b01111000101: pixels = 8'b01101100; //  XX XX  
    11'b01111000110: pixels = 8'b11000110; // XX   XX 
    11'b01111000111: pixels = 8'b00000000; //         

    11'b01100011000: pixels = 8'b00000000; //         
    11'b01100011001: pixels = 8'b00000000; //         
    11'b01100011010: pixels = 8'b01111000; //  XXXX   
    11'b01100011011: pixels = 8'b11001100; // XX  XX  
    11'b01100011100: pixels = 8'b11000000; // XX      
    11'b01100011101: pixels = 8'b11001100; // XX  XX  
    11'b01100011110: pixels = 8'b01111000; //  XXXX   
    11'b01100011111: pixels = 8'b00000000; //         

    11'b01110110000: pixels = 8'b00000000; //         
    11'b01110110001: pixels = 8'b00000000; //         
    11'b01110110010: pixels = 8'b11001100; // XX  XX  
    11'b01110110011: pixels = 8'b11001100; // XX  XX  
    11'b01110110100: pixels = 8'b11001100; // XX  XX  
    11'b01110110101: pixels = 8'b01111000; //  XXXX   
    11'b01110110110: pixels = 8'b00110000; //   XX    
    11'b01110110111: pixels = 8'b00000000; //         

    11'b01100010000: pixels = 8'b11100000; // XXX     
    11'b01100010001: pixels = 8'b01100000; //  XX     
    11'b01100010010: pixels = 8'b01100000; //  XX     
    11'b01100010011: pixels = 8'b01111100; //  XXXXX  
    11'b01100010100: pixels = 8'b01100110; //  XX  XX 
    11'b01100010101: pixels = 8'b01100110; //  XX  XX 
    11'b01100010110: pixels = 8'b11011100; // XX XXX  
    11'b01100010111: pixels = 8'b00000000; //         

    11'b01101110000: pixels = 8'b00000000; //         
    11'b01101110001: pixels = 8'b00000000; //         
    11'b01101110010: pixels = 8'b11111000; // XXXXX   
    11'b01101110011: pixels = 8'b11001100; // XX  XX  
    11'b01101110100: pixels = 8'b11001100; // XX  XX  
    11'b01101110101: pixels = 8'b11001100; // XX  XX  
    11'b01101110110: pixels = 8'b11001100; // XX  XX  
    11'b01101110111: pixels = 8'b00000000; //         

    11'b01101101000: pixels = 8'b00000000; //         
    11'b01101101001: pixels = 8'b00000000; //         
    11'b01101101010: pixels = 8'b11001100; // XX  XX  
    11'b01101101011: pixels = 8'b11111110; // XXXXXXX 
    11'b01101101100: pixels = 8'b11111110; // XXXXXXX 
    11'b01101101101: pixels = 8'b11010110; // XX X XX 
    11'b01101101110: pixels = 8'b11000110; // XX   XX 
    11'b01101101111: pixels = 8'b00000000; //         

    11'b01011110000: pixels = 8'b00010000; //    X    
    11'b01011110001: pixels = 8'b00111000; //   XXX   
    11'b01011110010: pixels = 8'b01101100; //  XX XX  
    11'b01011110011: pixels = 8'b11000110; // XX   XX 
    11'b01011110100: pixels = 8'b00000000; //         
    11'b01011110101: pixels = 8'b00000000; //         
    11'b01011110110: pixels = 8'b00000000; //         
    11'b01011110111: pixels = 8'b00000000; //         

    11'b01011011000: pixels = 8'b01111000; //  XXXX   
    11'b01011011001: pixels = 8'b01100000; //  XX     
    11'b01011011010: pixels = 8'b01100000; //  XX     
    11'b01011011011: pixels = 8'b01100000; //  XX     
    11'b01011011100: pixels = 8'b01100000; //  XX     
    11'b01011011101: pixels = 8'b01100000; //  XX     
    11'b01011011110: pixels = 8'b01111000; //  XXXX   
    11'b01011011111: pixels = 8'b00000000; //         

    11'b01011101000: pixels = 8'b01111000; //  XXXX   
    11'b01011101001: pixels = 8'b00011000; //    XX   
    11'b01011101010: pixels = 8'b00011000; //    XX   
    11'b01011101011: pixels = 8'b00011000; //    XX   
    11'b01011101100: pixels = 8'b00011000; //    XX   
    11'b01011101101: pixels = 8'b00011000; //    XX   
    11'b01011101110: pixels = 8'b01111000; //  XXXX   
    11'b01011101111: pixels = 8'b00000000; //         

    11'b01111011000: pixels = 8'b00011100; //    XXX  
    11'b01111011001: pixels = 8'b00110000; //   XX    
    11'b01111011010: pixels = 8'b00110000; //   XX    
    11'b01111011011: pixels = 8'b11100000; // XXX     
    11'b01111011100: pixels = 8'b00110000; //   XX    
    11'b01111011101: pixels = 8'b00110000; //   XX    
    11'b01111011110: pixels = 8'b00011100; //    XXX  
    11'b01111011111: pixels = 8'b00000000; //         

    11'b01111101000: pixels = 8'b11100000; // XXX     
    11'b01111101001: pixels = 8'b00110000; //   XX    
    11'b01111101010: pixels = 8'b00110000; //   XX    
    11'b01111101011: pixels = 8'b00011100; //    XXX  
    11'b01111101100: pixels = 8'b00110000; //   XX    
    11'b01111101101: pixels = 8'b00110000; //   XX    
    11'b01111101110: pixels = 8'b11100000; // XXX     
    11'b01111101111: pixels = 8'b00000000; //         

    11'b01000000000: pixels = 8'b01111100; //  XXXXX  
    11'b01000000001: pixels = 8'b11000110; // XX   XX 
    11'b01000000010: pixels = 8'b11011110; // XX XXXX 
    11'b01000000011: pixels = 8'b11011110; // XX XXXX 
    11'b01000000100: pixels = 8'b11011110; // XX XXXX 
    11'b01000000101: pixels = 8'b11000000; // XX      
    11'b01000000110: pixels = 8'b01111000; //  XXXX   
    11'b01000000111: pixels = 8'b00000000; //         

    11'b01011100000: pixels = 8'b11000000; // XX      
    11'b01011100001: pixels = 8'b01100000; //  XX     
    11'b01011100010: pixels = 8'b00110000; //   XX    
    11'b01011100011: pixels = 8'b00011000; //    XX   
    11'b01011100100: pixels = 8'b00001100; //     XX  
    11'b01011100101: pixels = 8'b00000110; //      XX 
    11'b01011100110: pixels = 8'b00000010; //       X 
    11'b01011100111: pixels = 8'b00000000; //         

    11'b01111100000: pixels = 8'b00011000; //    XX   
    11'b01111100001: pixels = 8'b00011000; //    XX   
    11'b01111100010: pixels = 8'b00011000; //    XX   
    11'b01111100011: pixels = 8'b00000000; //         
    11'b01111100100: pixels = 8'b00011000; //    XX   
    11'b01111100101: pixels = 8'b00011000; //    XX   
    11'b01111100110: pixels = 8'b00011000; //    XX   
    11'b01111100111: pixels = 8'b00000000; //         

    11'b10111101000: pixels = 8'b11111111; // XXXXXXX
    11'b10111101001: pixels = 8'b11111111; // XXXXXXX
    11'b10111101010: pixels = 8'b11111111; // XXXXXXX
    11'b10111101011: pixels = 8'b11111111; // XXXXXXX
    11'b10111101100: pixels = 8'b11111111; // XXXXXXX
    11'b10111101101: pixels = 8'b11111111; // XXXXXXX
    11'b10111101110: pixels = 8'b11111111; // XXXXXXX
    11'b10111101111: pixels = 8'b11111111; // XXXXXXX
	 
    11'b01100000000: pixels = 8'b01100000; //  XX       
    11'b01100000001: pixels = 8'b00110000; //   XX     
    11'b01100000010: pixels = 8'b00000000; //         
    11'b01100000011: pixels = 8'b00000000; //         
    11'b01100000100: pixels = 8'b00000000; //         
    11'b01100000101: pixels = 8'b00000000; //         
    11'b01100000110: pixels = 8'b00000000; //         
    11'b01100000111: pixels = 8'b00000000; //         

    
    default: pixels <= 8'b00000000;
  endcase
endmodule